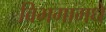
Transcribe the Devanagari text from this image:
विभगामधे